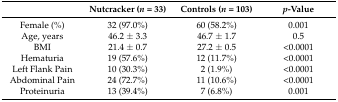
<table><thead><tr><td></td><td><b>Nutcracker (<i>n</i> = 33)</b></td><td><b>Controls (<i>n</i> = 103)</b></td><td><b><i>p</i>-Value</b></td></tr></thead><tbody><tr><td>Female (%)</td><td>32 (97.0%)</td><td>60 (58.2%)</td><td>0.001</td></tr><tr><td>Age, years</td><td>46.2 ± 3.3</td><td>46.7 ± 1.7</td><td>0.5</td></tr><tr><td>BMI</td><td>21.4 ± 0.7</td><td>27.2 ± 0.5</td><td>&lt;0.0001</td></tr><tr><td>Hematuria</td><td>19 (57.6%)</td><td>12 (11.7%)</td><td>&lt;0.0001</td></tr><tr><td>Left Flank Pain</td><td>10 (30.3%)</td><td>2 (1.9%)</td><td>&lt;0.0001</td></tr><tr><td>Abdominal Pain</td><td>24 (72.7%)</td><td>11 (10.6%)</td><td>&lt;0.0001</td></tr><tr><td>Proteinuria</td><td>13 (39.4%)</td><td>7 (6.8%)</td><td>0.001</td></tr></tbody></table>